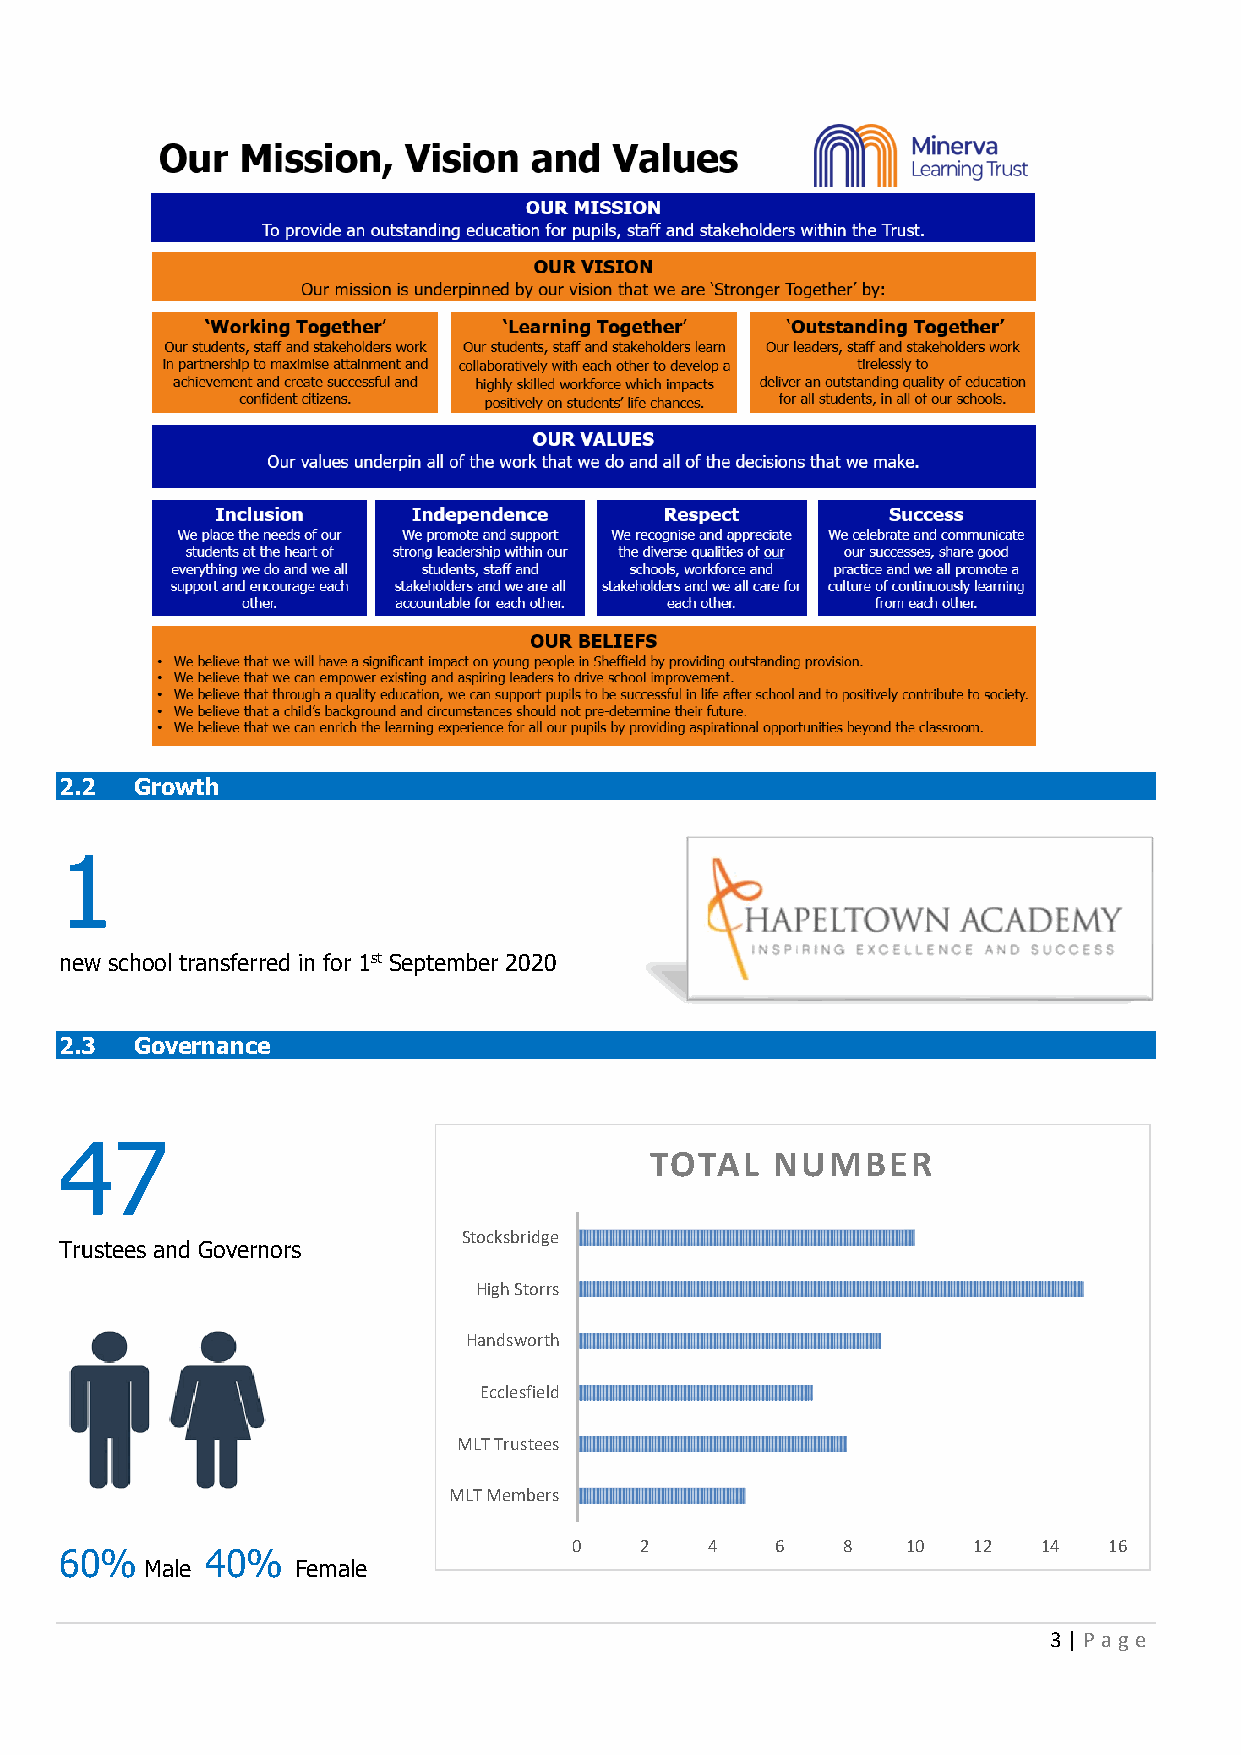
2.2  Growth
 1
 new school transferred in for 1st September 2020
 2.3  Governance
 47
 TOTAL   NUMBER
 Stocksbridge
 Trustees and Governors
 High Storrs
 Handsworth
 Ecclesfield
 MLT Trustees
 MLT Members
 0   2    4   6    8   10  12   14  16
 60%       40%
 Male      Female
 3 | P age